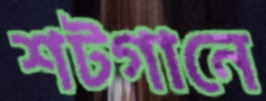
শটগানে